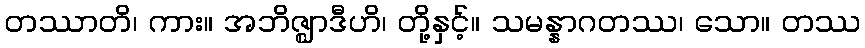
တဿာတိ၊ ကား။ အဘိဇ္ဈာဒီဟိ၊ တို့နှင့်။ သမန္နာဂတဿ၊ သော။ တဿ